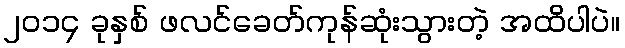
၂ဝ၁၄ ခုနှစ် ဖလင်ခေတ်ကုန်ဆုံးသွားတဲ့ အထိပါပဲ။